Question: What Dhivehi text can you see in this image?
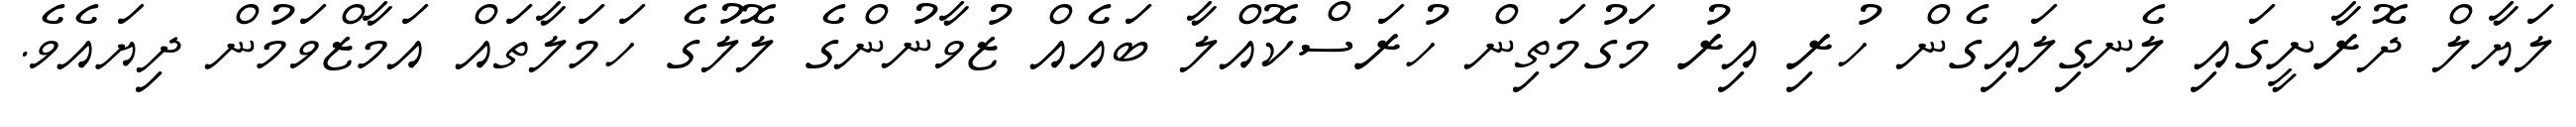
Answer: ލަޔާލް ދޮރާށީގައި ލެނގިލައިގެން ހުރި އިރު މަގުމަތިން ހުރަސްކޮއްލާ ބައެއް ޒުވާނުންގެ ލޮލުގެ ހަމަލާތައް އަމާޒްވަމުން ދިޔައެވެ.